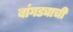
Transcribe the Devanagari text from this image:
बांगड्याची